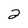
Character: 2